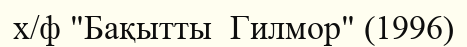
х/ф "Бақытты  Гилмор" (1996)